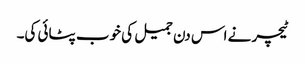
ٹیچر نے اس دن جمیل کی خوب پٹائی کی۔